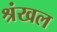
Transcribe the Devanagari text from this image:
श्रंखल